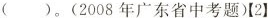
（）。(2008年广东省中考题)【2】